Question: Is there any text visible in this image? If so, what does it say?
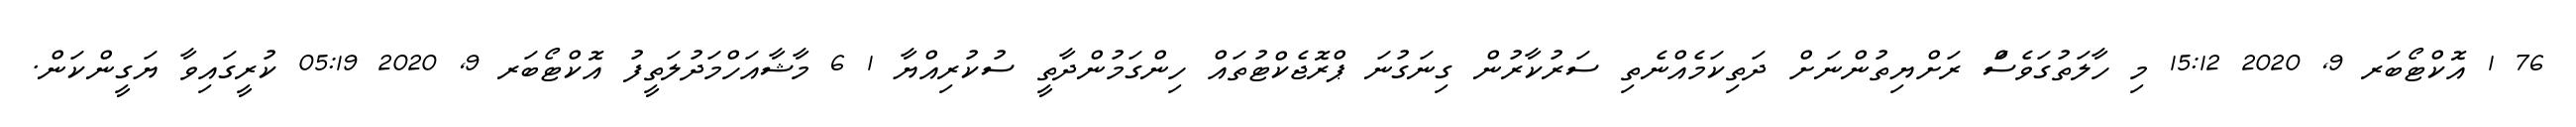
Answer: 76 1 އޮކްޓޯބަރ 9, 2020 15:12 މި ހާލަތުގަވެސަް ރަށްޔިތުންނަށް ދަތިކަމެއްނެތި ސަރުކާރުން ގިނަގުނަ ޕްރޮޖެކްޓުތައް ހިންގަމުންދާތީ ސުކުރިއްޔާ 1 6 މާޝާއަހްމަދުލަތީފު އޮކްޓޯބަރ 9, 2020 05:19 ކުރީގައިވާ ޔަގީންކަން.